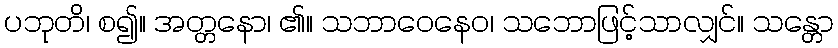
ပဘုတိ၊ စ၍။ အတ္တနော၊ ၏။ သဘာဝေနေဝ၊ သဘောဖြင့်သာလျှင်။ သန္တော